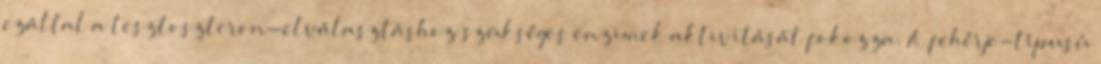
ezáltal a tesztoszteron-elválasztáshoz szükséges enzimek aktivitását fokozza. A fehérje-típusú